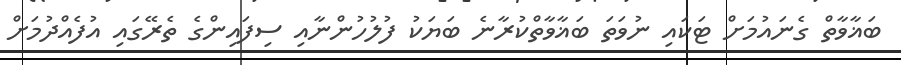
ބަޣާވާތް ގެނައުމަށް ޓަކައި ނުވަތަ ބަޣާވާތްކުރާނެ ބަޔަކު ފުލުހުންނާއި ސިފައިންގެ ތެރޭގައި އުފެއްދުމަށް